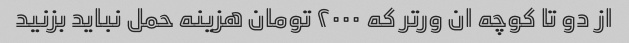
از دو تا کوچه ان ور‌تر که ۲۰۰۰ تومان هزینه حمل نباید بزنید